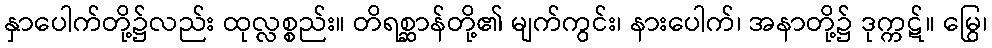
နှာပေါက်တို့၌လည်း ထုလ္လစ္စည်း။ တိရစ္ဆာန်တို့၏ မျက်ကွင်း၊ နားပေါက်၊ အနာတို့၌ ဒုက္ကဋ်။ မြွေ၊